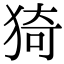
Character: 猗